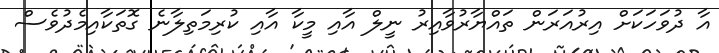
އާ ދުވަހަކަށް އިރުއަރަން ތައްޔާރުވާއިރު ނީލް އާއި މީކާ އާއި ކުރިމަތިލާނެ ގޮތަކާއިމެދުވެސް